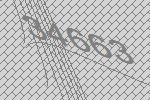
34663